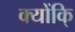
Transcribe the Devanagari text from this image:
क्योंकि्